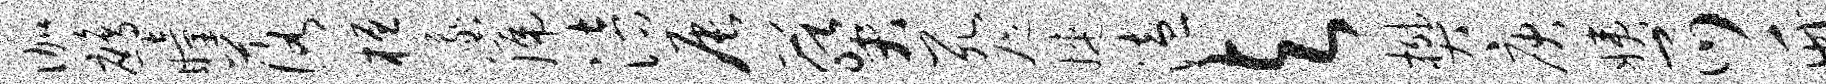
伽鹧瞳落桓峨篪涪辰葵死咫婕溘与樊庚姨爪竹